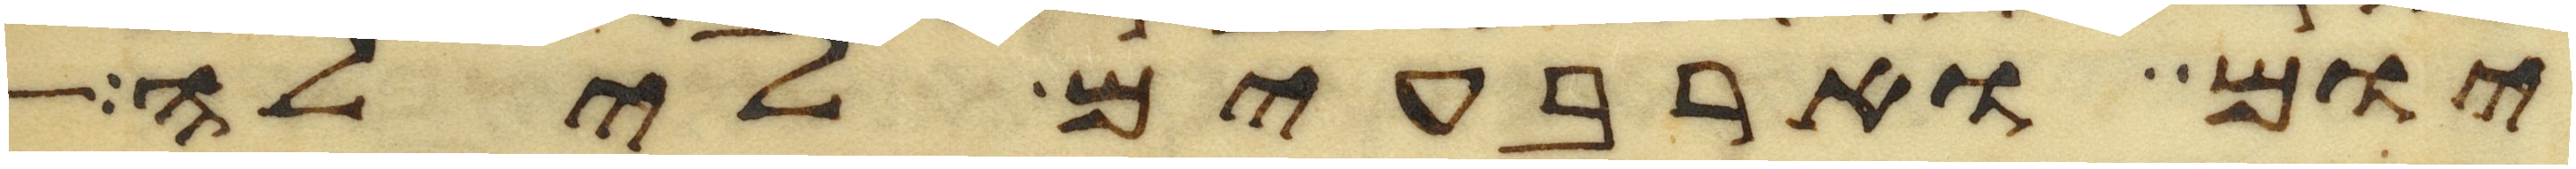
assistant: יום וארבעים לילה